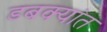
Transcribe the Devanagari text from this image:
डबक्यांत